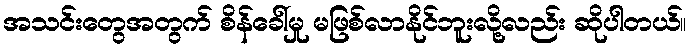
အသင်းတွေအတွက် စိန်ခေါ်မှု မဖြစ်လာနိုင်ဘူးလို့လည်း ဆိုပါတယ်။